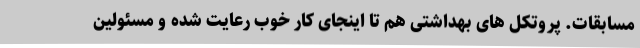
مسابقات. پروتکل های بهداشتی هم تا اینجای کار خوب رعایت شده و مسئولین